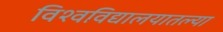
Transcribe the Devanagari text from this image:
विश्वविद्यालयातल्या